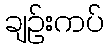
ချဉ်းကပ်